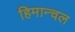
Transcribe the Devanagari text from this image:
हिमान्चल